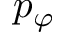
p _ { \varphi }